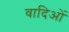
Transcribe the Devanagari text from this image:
वादिओं